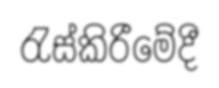
රැස්කිරීමේදී